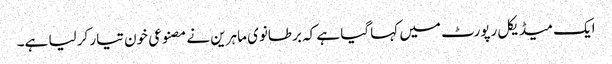
ایک میڈیکل رپورٹ میں کہا گیا ہے کہ برطانوی ماہرین نے مصنوعی خون تیار کر لیا ہے۔